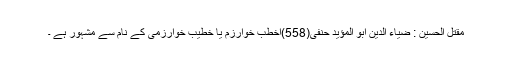
مقتل الحسین : ضیاء الدین ابو المؤید حنفی(558)اخطب خوارزم یا خطیب خوارزمی کے نام سے مشہور ہے ۔